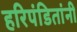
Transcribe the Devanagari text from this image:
हरिपंडितांनी